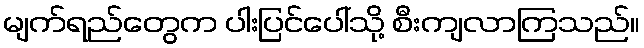
မျက်ရည်တွေက ပါးပြင်ပေါ်သို့ စီးကျလာကြသည်။